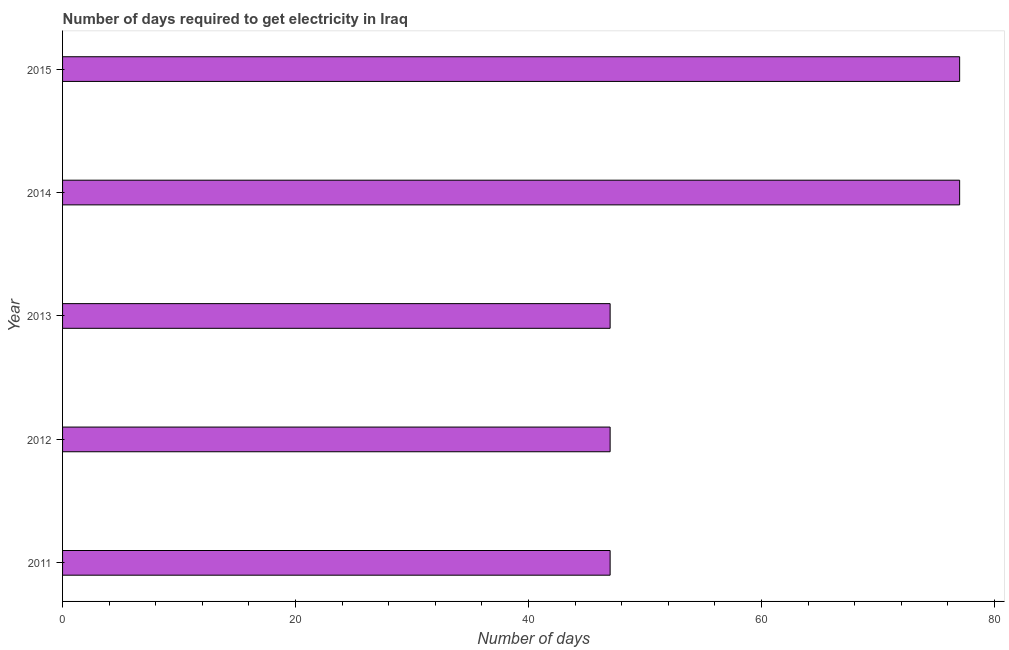
| Year | Time to get electricity |
 | --- | --- |
 | 2011 | 47 |
 | 2012 | 47 |
 | 2013 | 47 |
 | 2014 | 77 |
 | 2015 | 77 |